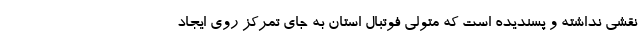
نقشی نداشته و پسندیده است که متولی فوتبال استان به جای تمرکز روی ایجاد